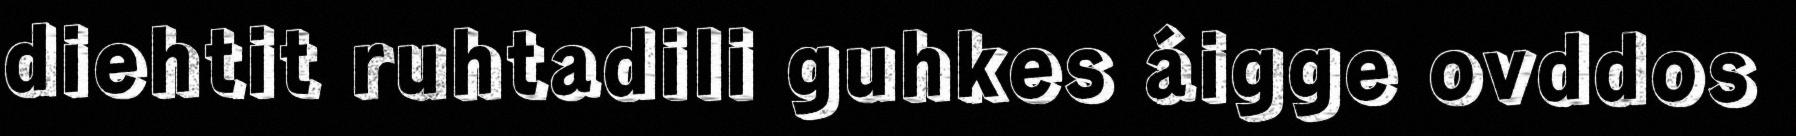
diehtit ruhtadili guhkes áigge ovddos